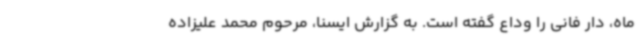
ماه، دار فانی را وداع گفته است. به گزارش ایسنا، مرحوم محمد علیزاده